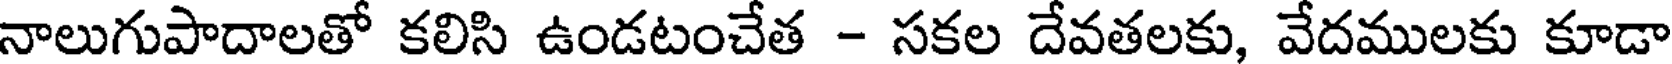
నాలుగుపాదాలతో కలిసి ఉండటంచేత - సకల దేవతలకు, వేదములకు కూడా